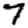
Digit: 7